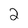
Character: 2